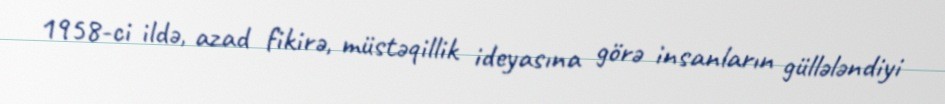
1958-ci ildə, azad fikirə, müstəqillik ideyasına görə insanların güllələndiyi